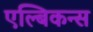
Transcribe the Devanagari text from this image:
एल्बिकन्स